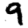
Digit: 9